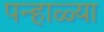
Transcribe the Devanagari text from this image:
पन्हाळ्या